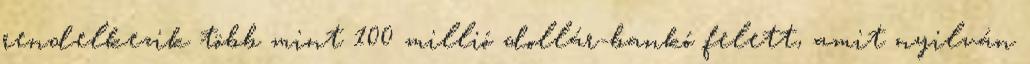
rendelkezik több mint 100 millió dollár-bankó felett, amit nyilván